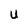
Character: U